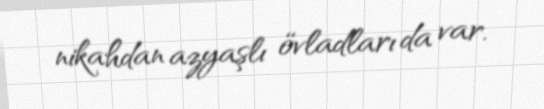
nikahdan azyaşlı övladları da var.